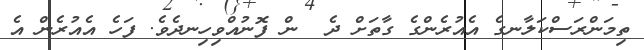
ތިމަންރަސްކަލާނގެ އެއުރެންގެ ގާތަށް ދެ  ން ފޮނުއްވިހިނދެެވެ. ފަހެ އެއުރެން އެ